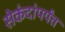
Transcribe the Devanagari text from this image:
सेकंदांपर्यंत